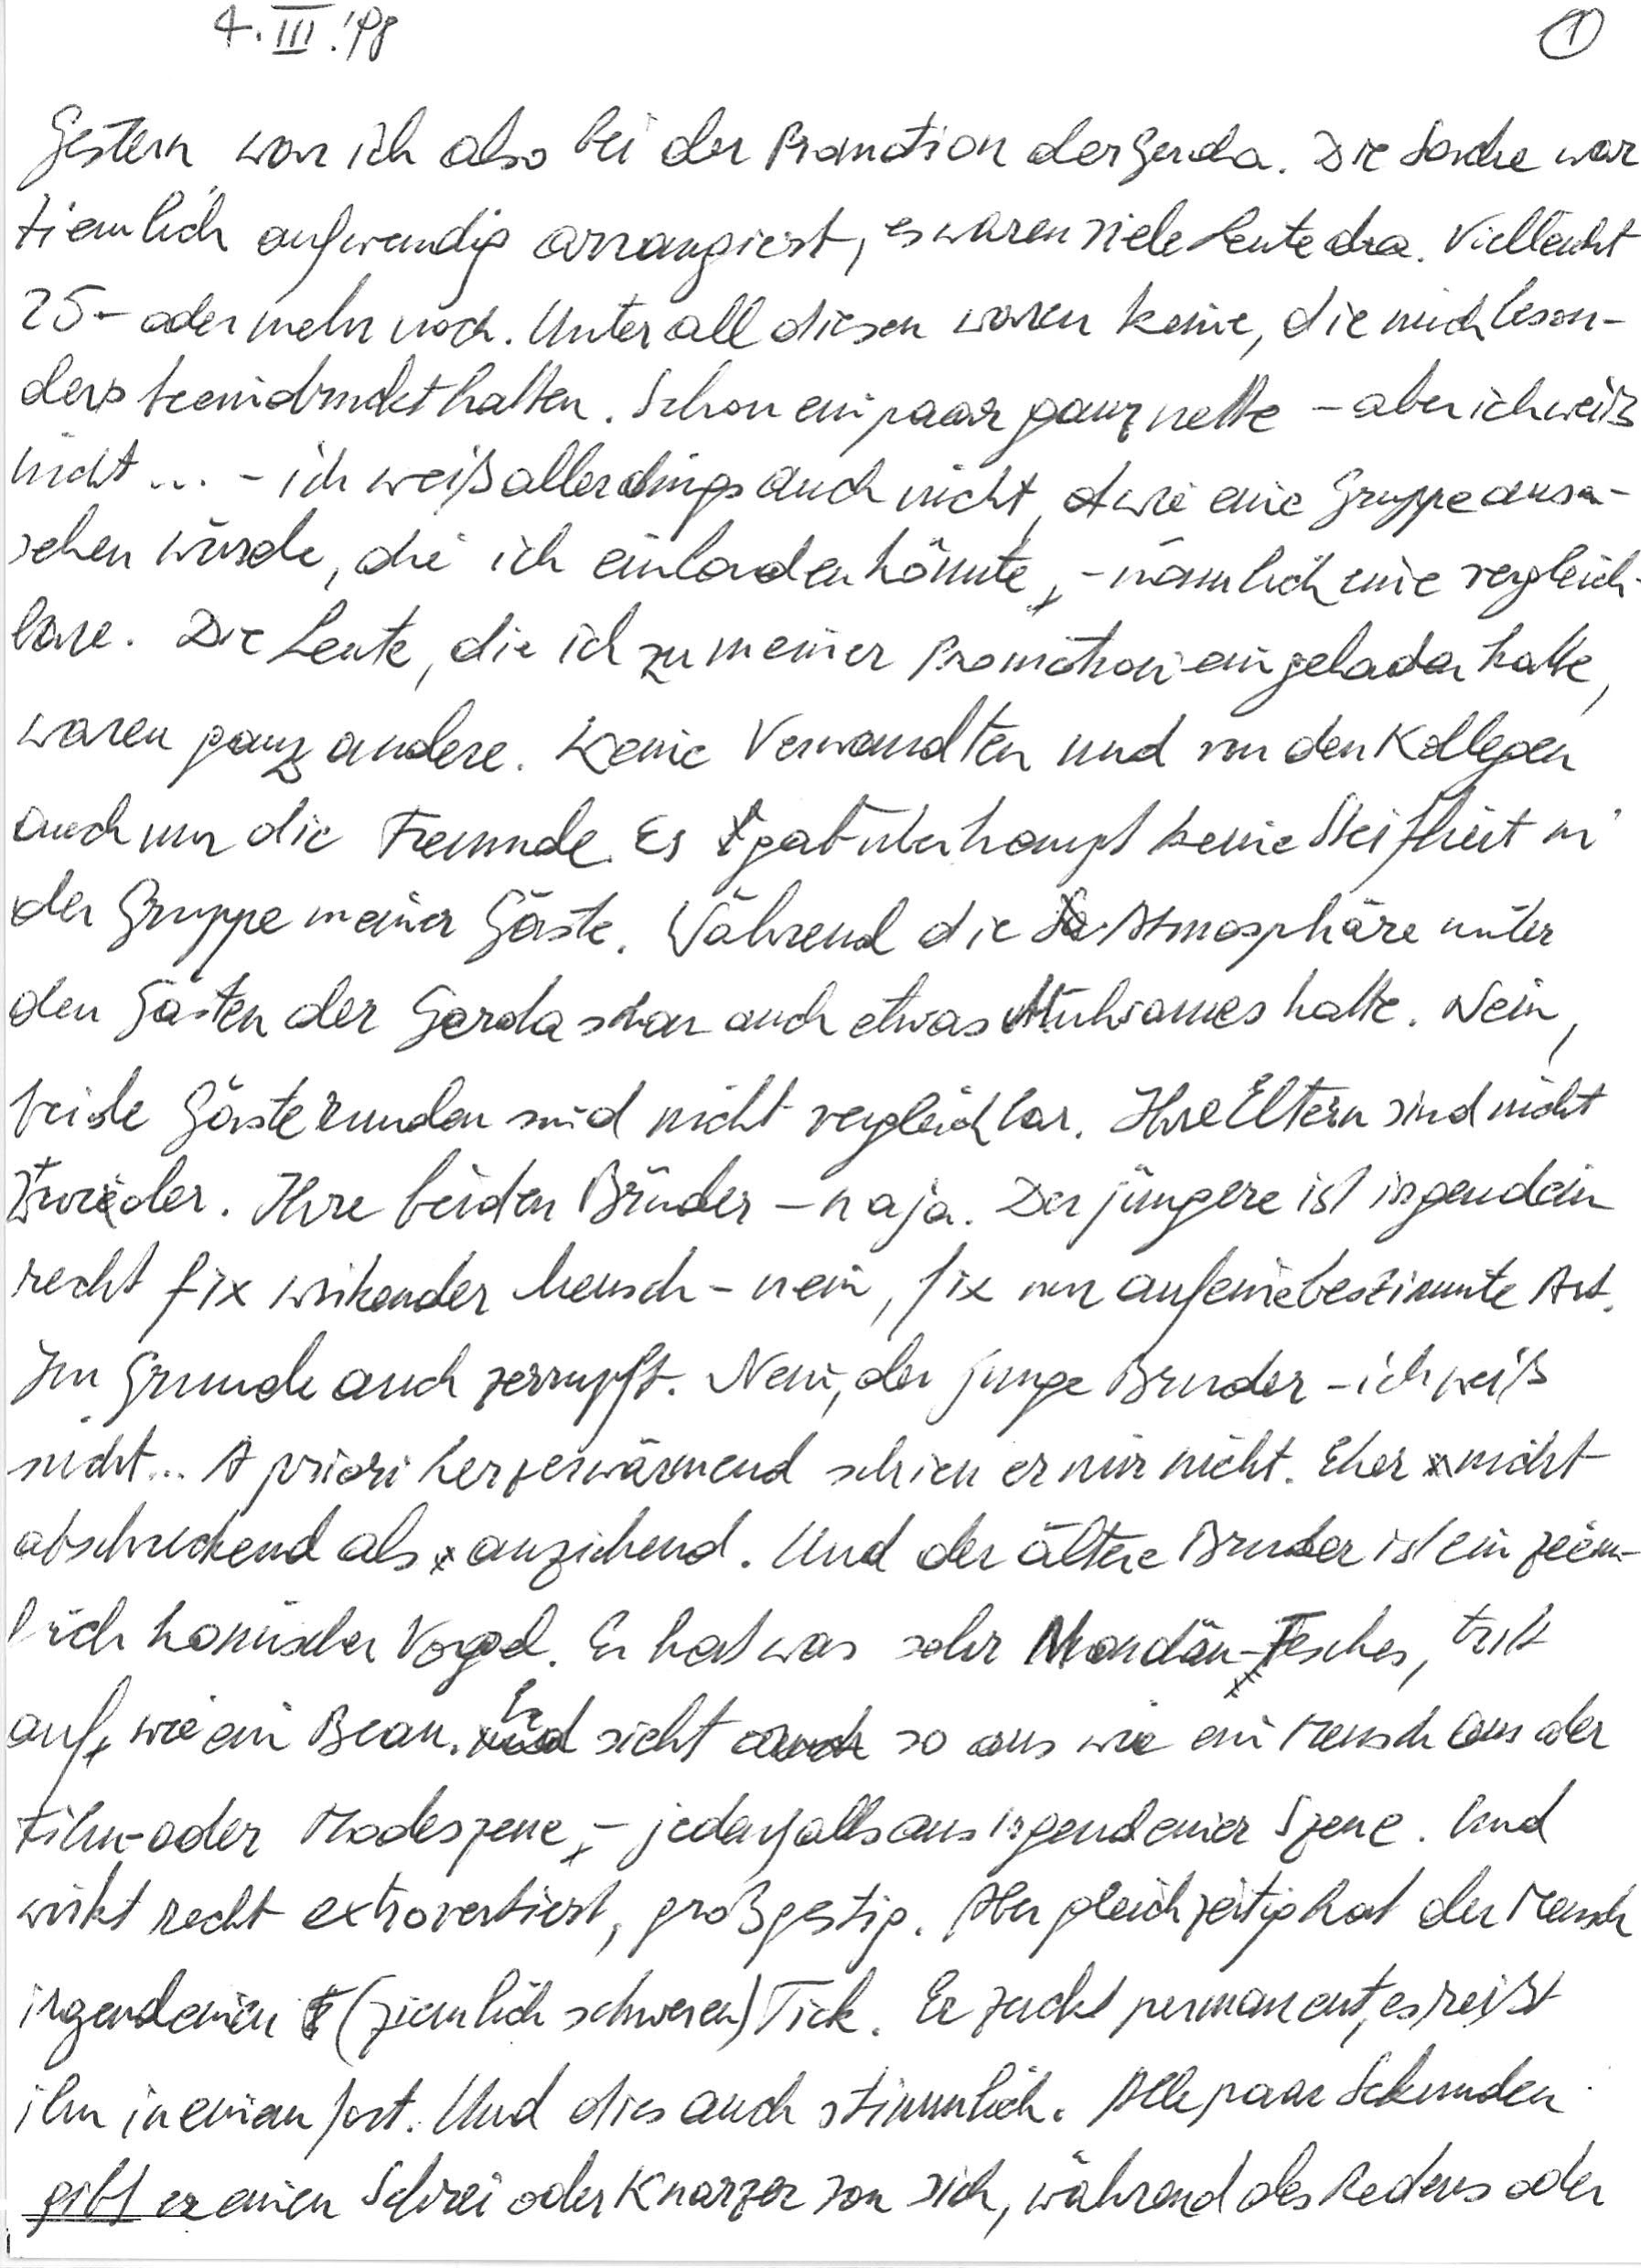
F. III.70
sein war ich also on de Monoson derGenda. Die Sache war
tiemlich aufwendig arrangiest, es whren viele Leute dia. Vielleicht
Eo oder mehr noch. Unter all diesen waren keine, die mich Leson-
dus veemdruckt hatten. Schon ein paar ganz nette, – aber ichweiß
nicht u. – ich weiß allerangs auch nicht, wie eine Gruppe ausa-
sehen würde, die ich einladen könnte, – nämlich eine vergleich-
vare; wie Leute, die ich zu meiner Promotion eingeladen hatbe,
waren ganz andere. Deine Verwandten und von den Kollegen
auch mur die Freunde. Es gab überhaupt keine Sterfheit in
der Gruppe meiner Gaste. Wahrend die Atmosphäre unter
den Jasten der Gerda schon auch etwas Aluhrames naue. Nein,
versie jaste kunden sind nicht vergleichbar. Ireleiern sind mans
bereder. Ihre beiden Binder – haja. Der jüngere ist isgendem
recht +/x Wirkender Mensch – nein, jise nur aufeinebestimmte Art.
sin frunde auch zerrupft. Nein, de junge Brnder – ich pelß
muan. A prori herzerwaruend sinich er mur mein. mner xm
nosumorend als anzinend. Und des alteie Biaer ist ein peh
in nomischer Vorgel. Er hat was sohr Morden-flsches, zie
aun un sich a so aas wie en iunsen uns wer
simcvaez vevoesenes jenyansosirgenacegenc. und
voss recht erorwer, puspessp. Ionpeipagaa uii mum
irgendeinen  (zimlch sinweren)/ick. E zuche permunens, esjes
iem ineinem fort. Und dies auch stimmen. piejume awnd,
ilt er einen schrei oder Knärzer von sich, während desneuens woer